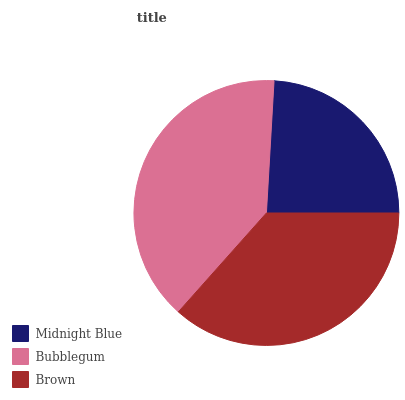
| Midnight Blue | Bubblegum | Brown |
 | --- | --- | --- |
 | 24% | 39.3% | 36.6% |